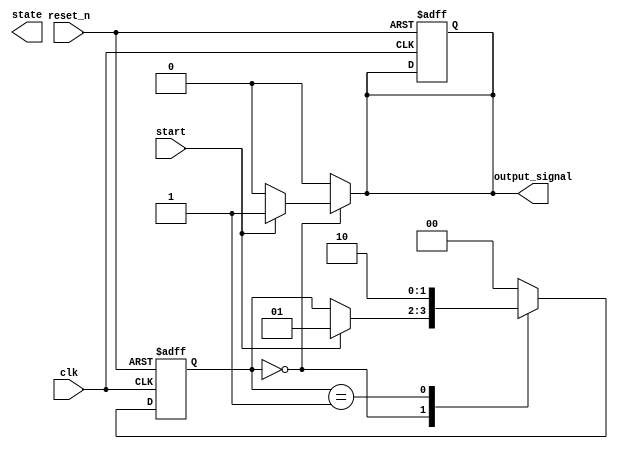
module fsm_example (
    input wire clk,          // Clock signal
    input wire reset_n,     // Active-low reset signal
    input wire start,       // Start signal for transitioning states
    output reg [1:0] state, // Current state output
    output reg output_signal // Example output signal
);

// State encoding
localparam IDLE  = 2'b00; // Idle state
localparam RUN   = 2'b01; // Running state
localparam DONE  = 2'b10; // Done state

// State variable declaration
reg [1:0] current_state, next_state;

// Default State Initialization
always @(posedge clk or negedge reset_n) begin
    if (!reset_n) begin
        // Asynchronous reset: initialize states and outputs
        current_state <= IDLE;       // Set to IDLE state
        output_signal <= 1'b0;       // Initialize output signal to low
    end else begin
        // Update the current state on clock edge
        current_state <= next_state;
    end
end

// Combinatorial logic for next state and output
always @(*) begin
    // Default values for next state and output
    next_state = current_state; // Default to current state
    output_signal = 1'b0;       // Default output signal

    case (current_state)
        IDLE: begin
            if (start) begin
                next_state = RUN; // Transition to RUN state
                output_signal = 1'b1; // Set output signal high
            end
        end
        RUN: begin
            // Example condition to transition to DONE state
            next_state = DONE; // Transition to DONE state
        end
        DONE: begin
            // Transition back to IDLE state or stay in DONE
            next_state = IDLE; // Reset to IDLE after DONE
        end
        default: begin
            next_state = IDLE; // Fallback to IDLE for undefined states
        end
    endcase
end

endmodule